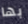
بها